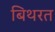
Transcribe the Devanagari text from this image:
बिथरत